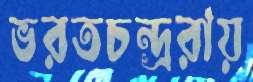
ভরতচন্দ্ররায়